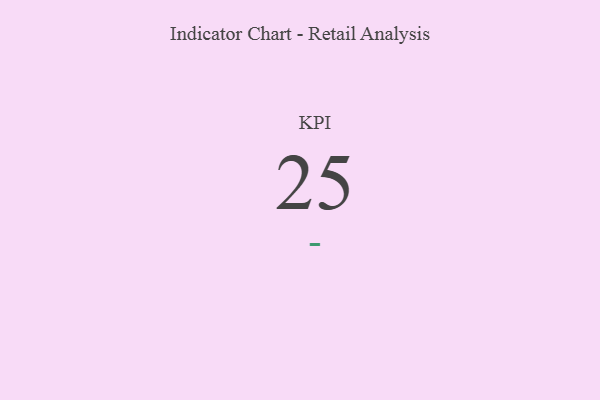
{"axis": {"x": "KPI", "y": "Value"}, "legend": [""], "data": [{"x": "KPI", "y": 25, "type": ""}]}